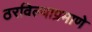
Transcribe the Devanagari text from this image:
ठरविल्याप्रमाणे